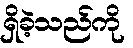
ရှိခဲ့သည်ကို